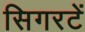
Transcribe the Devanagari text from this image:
सिगरटें